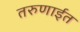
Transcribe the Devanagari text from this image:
तरुणाईत